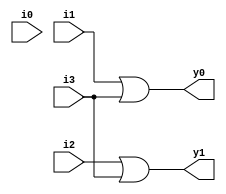
module en(i0,i1,i2,i3,y0,y1);
input i0,i1,i2,i3;
output y0,y1;
assign y0=(i1|i3);
assign y1=(i2|i3);
endmodule